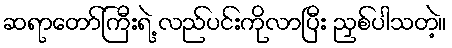
ဆရာတော်ကြီးရဲ့ လည်ပင်းကိုလာပြီး ညှစ်ပါသတဲ့။